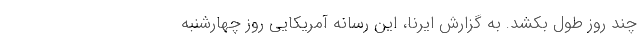
چند روز طول بکشد. به گزارش ایرنا، این رسانه آمریکایی روز چهارشنبه